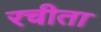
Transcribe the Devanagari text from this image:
रचीता